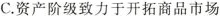
C.资产阶级致力于开拓商品市场